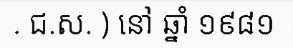
. ជ.ស. ) នៅ ឆ្នាំ ១៩៨១